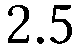
2.5